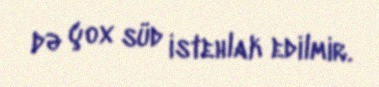
də çox süd istehlak edilmir.